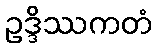
ဥဒ္ဒိဿကတံ